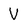
Character: V